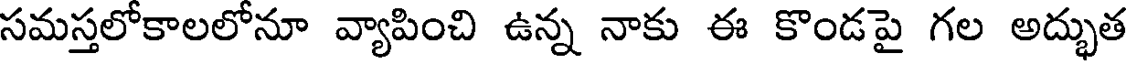
సమస్తలోకాలలోనూ వ్యాపించి ఉన్న నాకు ఈ కొండపై గల అద్భుత